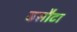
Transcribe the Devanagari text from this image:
बसौटा